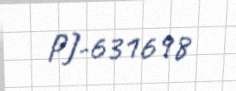
PJ-631698